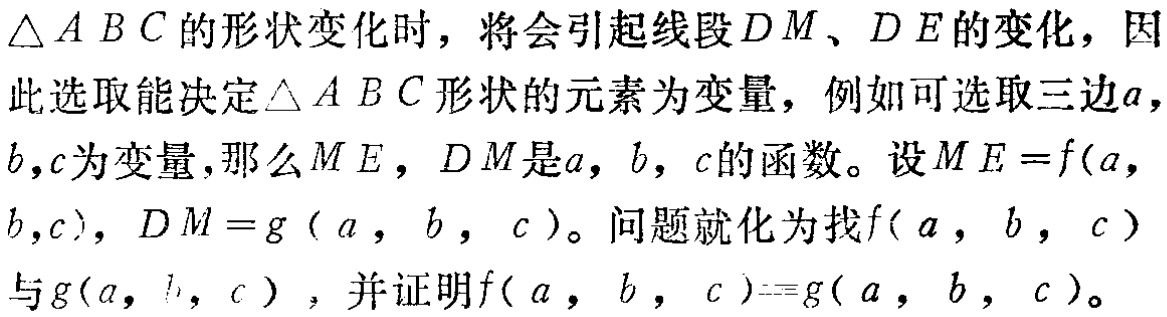
$\triangle ABC$的形状变化时，将会引起线段$DM$、$DE$的变化，因此选取能决定$\triangle ABC$形状的元素为变量，例如可选取三边$a,$
$b,c$为变量,那么$ME$，$DM$是$a$，$b$，$c$的函数。设$ME = f(a,$
$b,c)$，$DM = g ( a , b , c )$。问题就化为找$f( a , b , c )$
与$g(a, b, c )$，并证明$f( a , b , c )=g( a , b , c )$。